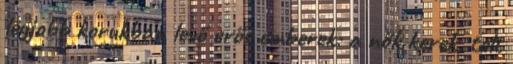
legjobb korukban levő erős emberek: a nők kerek, telt